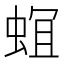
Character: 𮔎